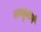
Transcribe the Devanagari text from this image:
रज्जूमार्ग